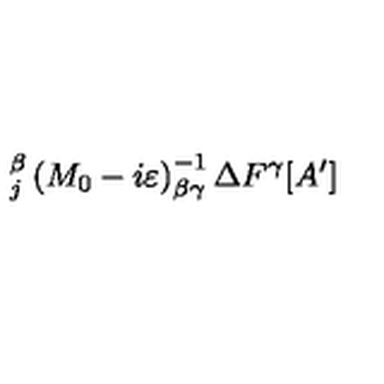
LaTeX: _ { j } ^ { \beta } \left( M _ { 0 } - i \varepsilon \right) _ { \beta \gamma } ^ { - 1 } \Delta F ^ { \gamma } [ A ^ { \prime } ]